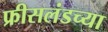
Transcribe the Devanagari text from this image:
फ्रीसलंडच्या